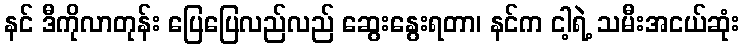
နင် ဒီကိုလာတုန်း ပြေပြေလည်လည် ဆွေးနွေးရတာ၊ နင်က ငါ့ရဲ့ သမီးအငယ်ဆုံး